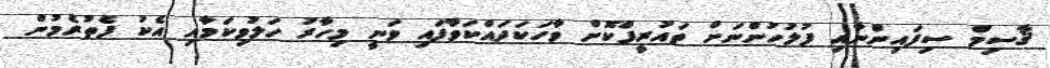
ޤާސިމް ސިފައިންނާއި ފުލުހުންނަށް ތައުރީފްކޮށް ވާހަކަދައްކަވާފައި ވަނީ މިހާރު ހަލުވިކަމާއި އެކު ފެތުރެމުން